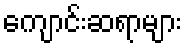
ကျောင်းဆရာများ